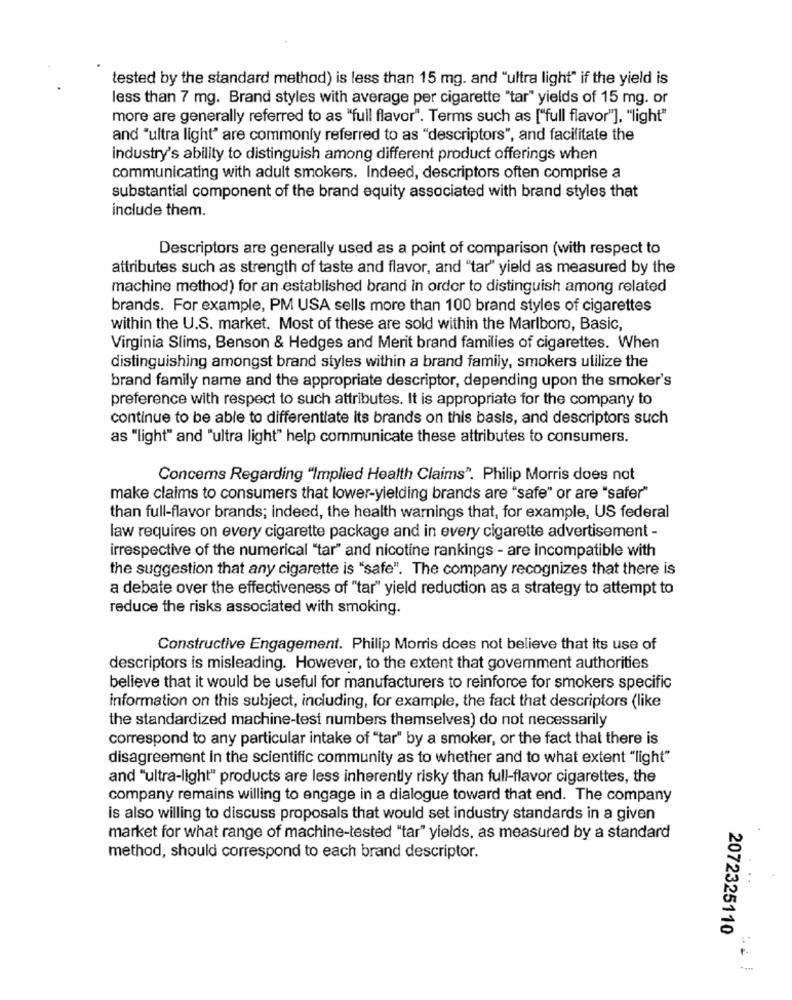
tested by the standard method) is less than 15 mg. and "ultra light" if the yield is
less than 7 mg. Brand styles with average per cigarette "tar" yields of 15 mg. or
more are generally referred to as "full flavor". Terms such as ["full flavor"], "light"
and "ultra light" are commonly referred to as "descriptors", and facilitate the
industry's ability to distinguish among different product offerings when
communicating with adult smokers. Indeed, descriptors often comprise a
substantial component of the brand equity associated with brand styles that
include them.
Descriptors are generally used as a point of comparison (with respect to
attributes such as strength of taste and flavor, and "tar" yield as measured by the
machine method) for an established brand in order to distinguish among related
brands. For example, PM USA sells more than 100 brand styles of cigarettes
within the U.S. market. Most of these are sold within the Marlboro, Basic,
Virginia Slims, Benson & Hedges and Merit brand families of cigarettes. When
distinguishing amongst brand styles within a brand family, smokers utilize the
brand family name and the appropriate descriptor, depending upon the smoker's
preference with respect to such attributes. It is appropriate for the company to
continue to be able to differentiate its brands on this basis, and descriptors such
as "light" and "ultra light" help communicate these attributes to consumers.
Concerns Regarding "Implied Health Claims". Philip Morris does not
make claims to consumers that lower-yielding brands are "safe" or are "safer"
than full-flavor brands; indeed, the health warnings that, for example, US federal
law requires on every cigarette package and in every cigarette advertisement -
irrespective of the numerical "tar" and nicotine rankings - are incompatible with
the suggestion that any cigarette is "safe". The company recognizes that there is
a debate over the effectiveness of "tar" yield reduction as a strategy to attempt to
reduce the risks associated with smoking.
Constructive Engagement. Philip Morris does not believe that its use of
descriptors is misleading. However, to the extent that government authorities
believe that it would be useful for manufacturers to reinforce for smokers specific
information on this subject, including, for example, the fact that descriptors (like
the standardized machine-test numbers themselves) do not necessarily
correspond to any particular intake of "tar" by a smoker, or the fact that there is
disagreement in the scientific community as to whether and to what extent "light"
and "ultra-light" products are less inherently risky than full-flavor cigarettes, the
company remains willing to engage in a dialogue toward that end. The company
is also willing to discuss proposals that would set industry standards in a given
market for what range of machine-tested "tar" yields, as measured by a standard
method, should correspond to each brand descriptor.
..
2072325110